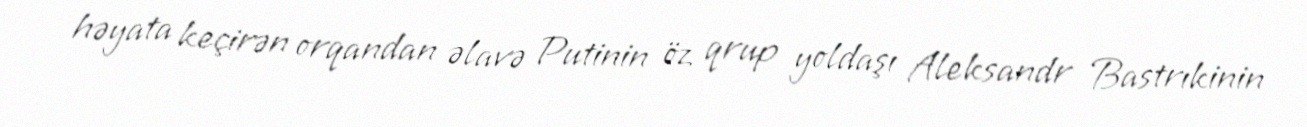
həyata keçirən orqandan əlavə Putinin öz qrup yoldaşı Aleksandr Bastrıkinin